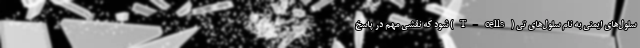
سلول‌های ایمنی به نام سلول‌های تی (T-cells) شود که نقشی مهم در پاسخ